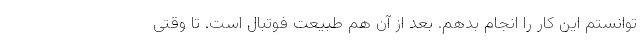
توانستم این کار را انجام بدهم. بعد از آن هم طبیعت فوتبال است. تا وقتی